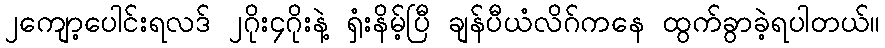
၂ကျော့ပေါင်းရလဒ် ၂ဂိုး၄ဂိုးနဲ့ ရှံးနိမ့်ပြီ ချန်ပီယံလိဂ်ကနေ ထွက်ခွာခဲ့ရပါတယ်။